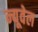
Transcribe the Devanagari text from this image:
न्यूवेल